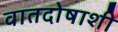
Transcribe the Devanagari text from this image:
वातदोषाशी